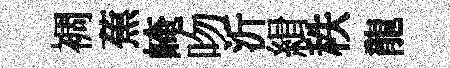
裯蕉崦吻沂緝秩龍